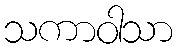
သကာဝါသာ